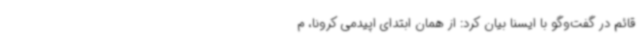
قائم در گفت‌وگو با ایسنا بیان کرد: از همان ابتدای اپیدمی کرونا، م